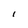
Character: I